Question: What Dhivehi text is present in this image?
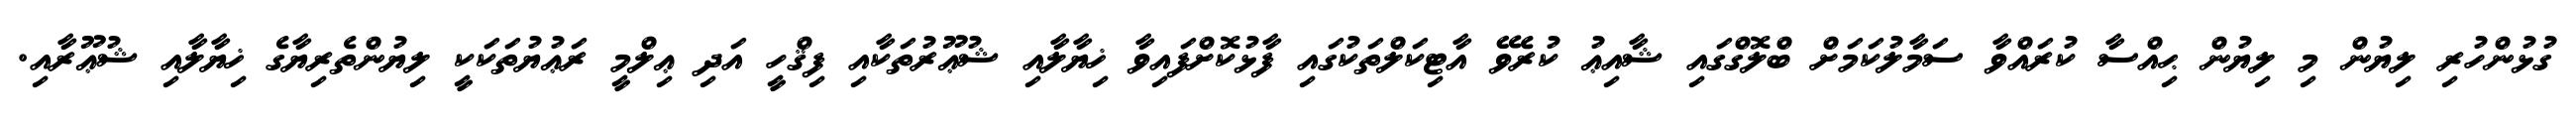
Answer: ގުޅުންހުރި ލިޔުން މި ލިޔުން ޙިއްސާ ކުރައްވާ ސަމާލުކަމަށް ބްލޮގްގައި ޝާއިޢު ކުރެވޭ އާޓިކަލްތަކުގައި ފާޅުކޮށްފައިވާ ޚިޔާލާއި ޝުޢޫރުތަކާއި ފިޤްހީ އަދި ޢިލްމީ ރަޢުޔުތަކަކީ ލިޔުންތެރިޔާގެ ޚިޔާލާއި ޝުޢޫރާއި.